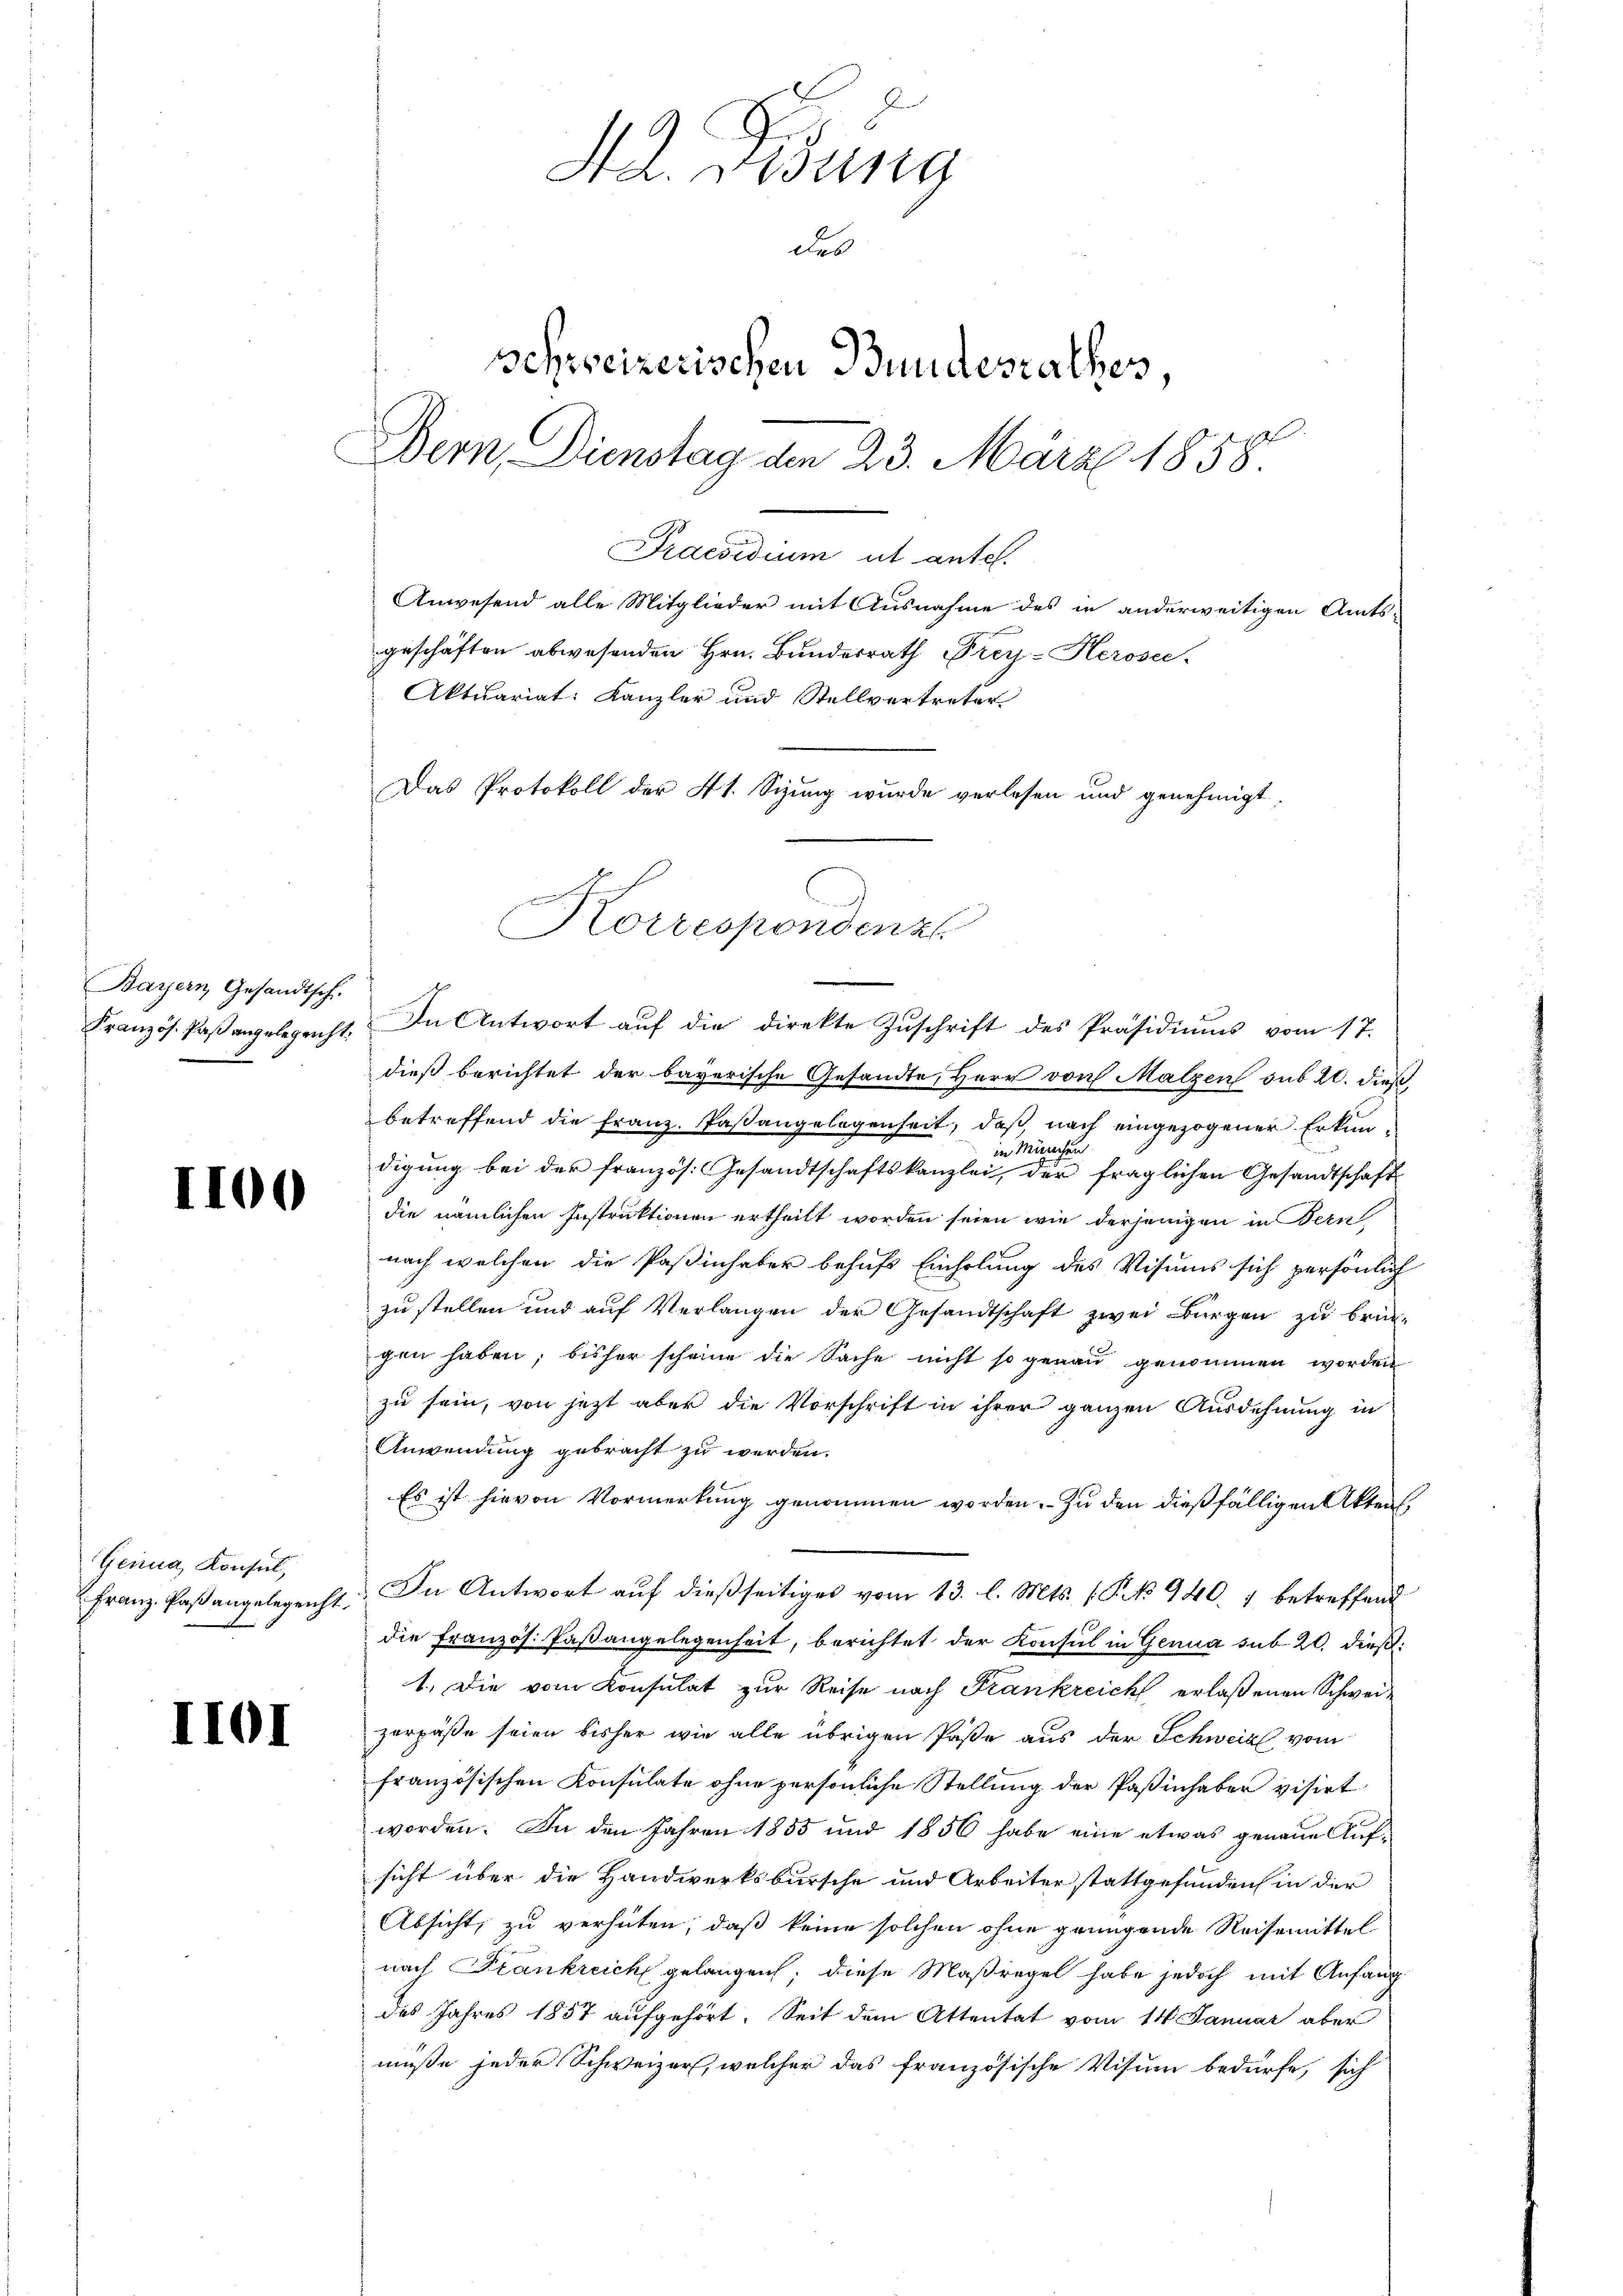
Bayern Gesandtsch.
Französ. Paß angelegericht:

I100

Genua, Konsul,
Franz Paß angelegenht.

IIOI

b
H. Visung
des
schweizerischen Bundesrathes,
Bern, Dienstag den 23. März 1858

Praesidium ut antel.
Anwesend alle Mitglieder mit Ausnahme des in anderweitigen Amts-
geschäften abwesenden Hrn. Bundesrath Frey-Herosee-
Aktuariat: Kanzler und Stellvertreter
Das Protokoll der 41. Sitzung wurde verlesen und genehmigt.

Korrespondenz

In Antwort auf die direkte Zuschrift des Präsidiums vom 17.
dieß berichtet der bayerische Gesandte, Herr von Malzen sub 20. dieß
betreffend die Franz Paßangelegenheit, daß nach eingezogener Erkunin München
digung bei der französ. Gesandtschaftskanzlei, der fraglichen Gesandtschaft
die nämlichen Instruktionen ertheilt worden seien wie derjenigen in Bern
nach welchen die Paßinhaber befuß Einholung des Visions sich persönlich
zu stellen und auf Verlangen der Gesandtschaft zwei Bürgen zu brin-
gen haben, bisher scheine die Sache nicht so genau genommen worden
zu sein, von jetzt aber die Vorschrift in ihrer ganzen Ausdehnung in
Anwendung gebracht zu werden.
Es ist hievon Vormerkung genommen worden. Zu den dießfälligen Akten¬
In Antwort auf dießseitiges vom 13. l. Mts. (P NNo. 940. 1 betreffend
die Französ. Paßangelegenheit, berichtet der Konsul in Genua sub. 20. dieß:
1. Die vom Konsulat zur Reise nach Frankreich erlaßenen Schweizerpäße seien bisher wie alle übrigen Paße aus der Schweiz vom
französischen Konsulate ohne persönliche Stellung der Paßinhaben visirt
worden. In den Jahren 1855 und 1856 habe eine etwas genaue Aufsicht über die Handwerksbursche und Arbeiter stattgefunden in der
Absicht, zu verhüten, daß keine solchen ohne grungende Reisemittel
nach Frankreich gelangen; diese Maßregel habe jedoch mit Anfang
des Jahres 1857 aufgehört. Seit dem Attentat vom 14. Januar aber
müße jeder Schweizer, welcher das französische Visum bedürfe, sich